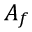
A _ { f }